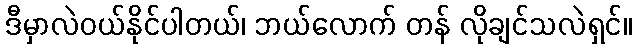
ဒီမှာလဲဝယ်နိုင်ပါတယ်၊ ဘယ်လောက် တန် လိုချင်သလဲရှင်။